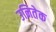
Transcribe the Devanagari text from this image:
उनितेक